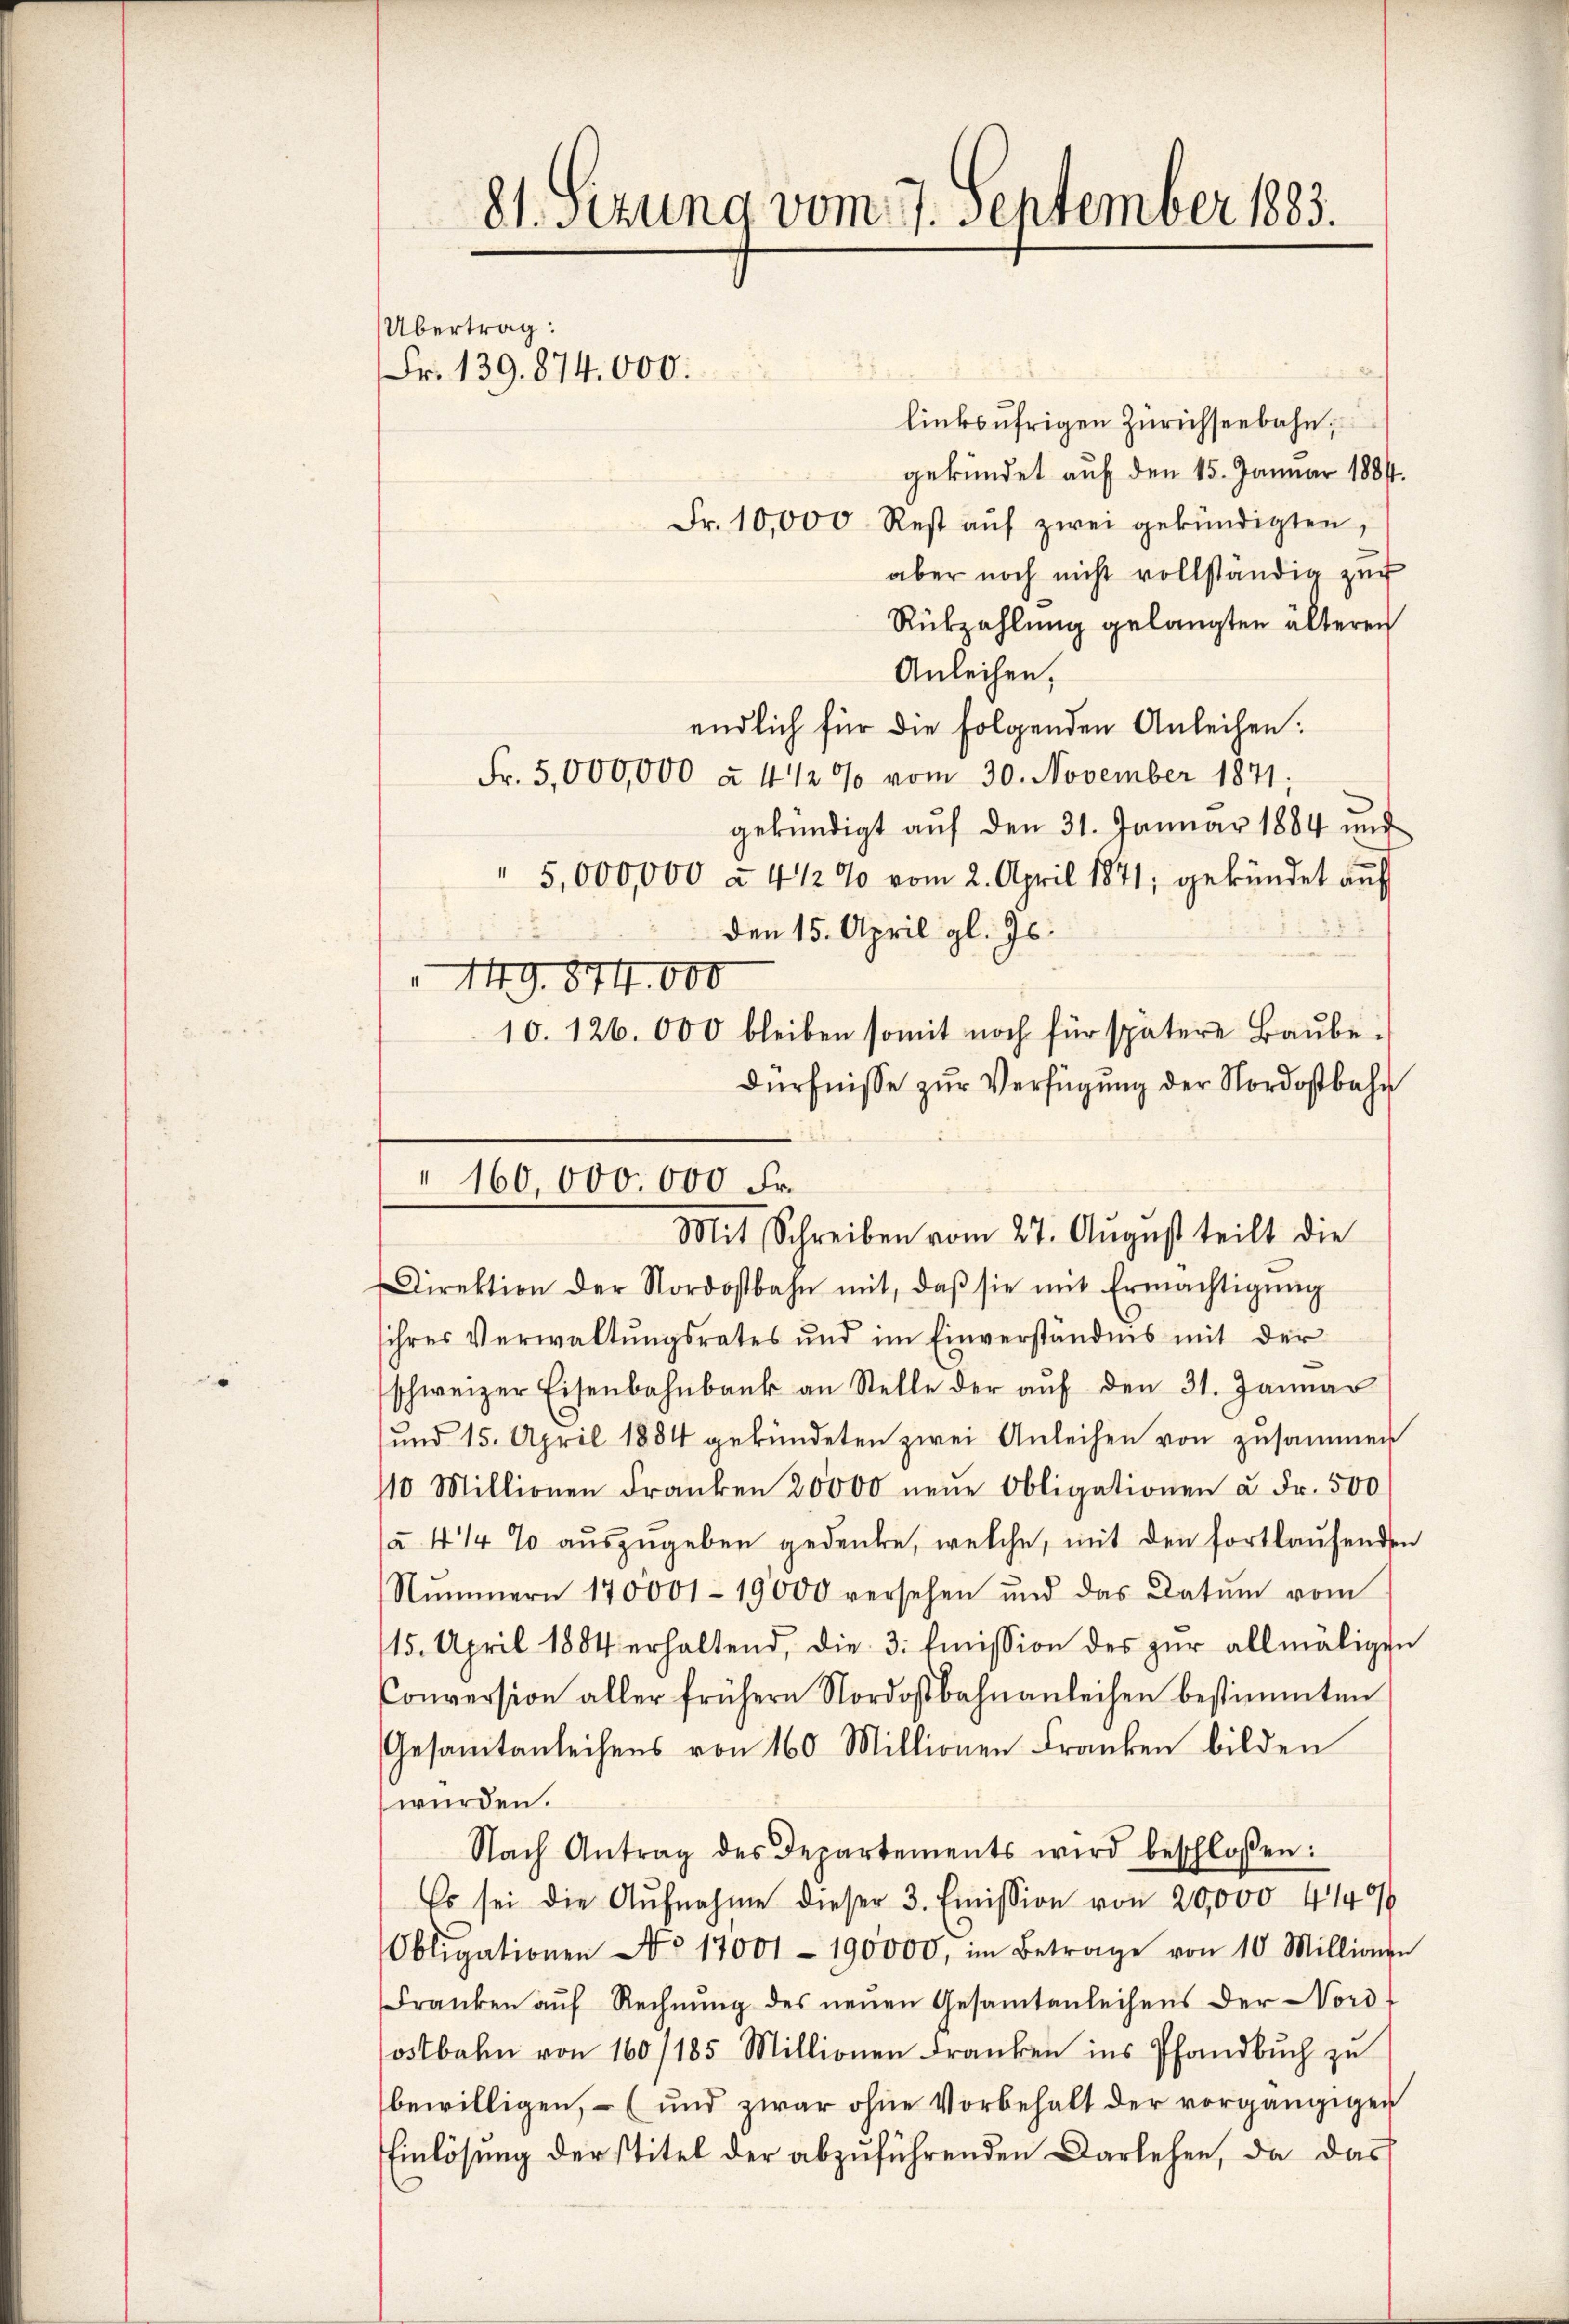
81. sezung vom 17. September 1883.

Übertrag:
Fr. 139. 874. 000.

linksufrigen Zürichseebahn,
gekündet auf den 15. Januar 1881.
Fr. 10,000. Rest aŭf zwei gekündigten,
aber noch nicht vollständig zur
Rükzahlung gelangten älteren
Anleihen.
endlich für die folgenden Anleihen.
Fr. 5,000,000 à 4 1/2% vom 30. November 1871;
gekündigt auf den 31. Januar 1884 und
" 5,000,000 à 4 1/2 % vom 2. April 1871; gekündet auf
den 15. April gl. Js.
149. 874. 600
10. 126. 000 bleiben somit noch für spätere Baŭbe-
dürfnisse zur Verfügung der Nordostbahn
Mit Schreiben vom 27. August teilt die
Direktion der Nordostbahn mit, daβ sie mit Ermächtigŭng
sihres Verwaltungsrates und im Einverständnis mit der
schweizer Eisenbahnbank an Stelle der aŭf den 31. Januar
und 15. April 1884 gekündeten zwei Anleihen von zusammen
10 Millionen Franken 20000 neue Obligationen u. Fr. 500
(a 4/4 % auszugeben gedenke, welche, mit den fortlaufende
Nŭmmern 170001-19000 versehen und das Datum vom
15. April 1884 erhaltend, die 3: Emission des zŭr allmälige
Conversion aller frühern Nordostbahnanleihen bestimmten
Gesamtanleihens von 160 Millionen Franken bilden
würden.
Nach Antrag des Departements wird beschloßen:
Es sei die Aŭfnahme dieser 3. Emission von 20,000 4149
Obligationen No 17001 - 190000, im Betrage von 10 Million
Franken aŭf Rechnŭng des neuen Gesamtanleihens der Nord-
ostbahn von 160/185 Millionen Franken ins Pfandbuch zu
bewilligen, – (und zwar ohne Vorbehalt der vorgängiger
Einlösung der stitel der abzuführenden Darlehen, da das

160,000. 000 Fr.